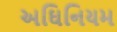
અઘિનિયમ